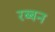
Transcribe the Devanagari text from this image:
रब्बन